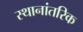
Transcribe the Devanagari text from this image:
स्थानांतरिक